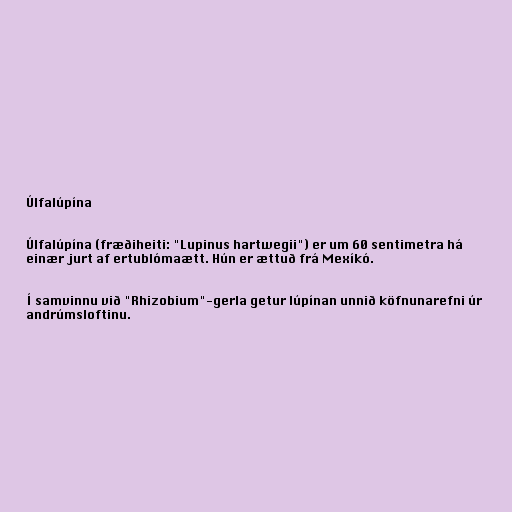
Úlfalúpína

Úlfalúpína (fræðiheiti: "Lupinus hartwegii") er um 60 sentimetra há
einær jurt af ertublómaætt. Hún er ættuð frá Mexíkó.

Í samvinnu við "Rhizobium"-gerla getur lúpínan unnið köfnunarefni úr
andrúmsloftinu.